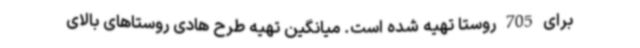
برای 705 روستا تهیه شده است. میانگین تهیه طرح هادی روستاهای بالای